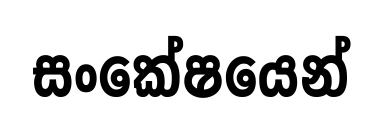
සංකේෂයෙන්